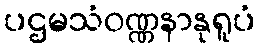
ပဌမသံဝဏ္ဏနာနုရူပံ